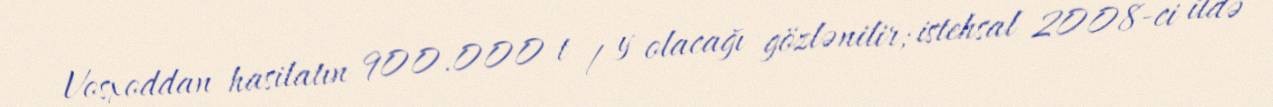
Vosxoddan hasilatın 900.000 t / y olacağı gözlənilir; istehsal 2008-ci ildə